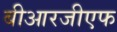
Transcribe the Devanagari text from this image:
बीआरजीएफ